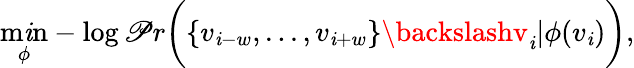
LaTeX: \operatorname*{m\mathit{i}n}_{\phi}-\log\mathscr{P}r\biggl(\{ v_{\mathit{i}-w},...,v_{\mathit{i}+w}\} \backslashv_{\mathit{i}}|\phi(v_{\mathit{i}})\biggr),